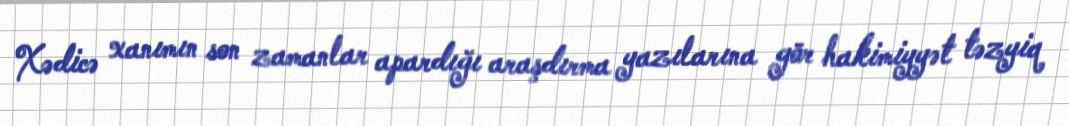
Xədicə xanımın son zamanlar apardığı araşdırma yazılarına gör hakimiyyət təzyiq